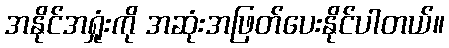
အနိုင်အရှုံးကို အဆုံးအဖြတ်ပေးနိုင်ပါတယ်။